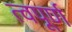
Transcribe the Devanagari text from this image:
त्वपूर्ण